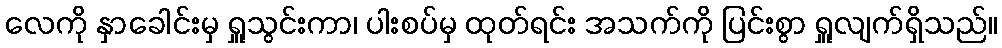
လေကို နှာခေါင်းမှ ရှူသွင်းကာ၊ ပါးစပ်မှ ထုတ်ရင်း အသက်ကို ပြင်းစွာ ရှူလျက်ရှိသည်။